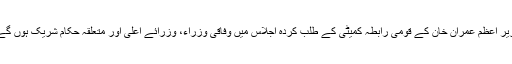
وزیر اعظم عمران خان کے قومی رابطہ کمیٹی کے طلب کردہ اجلاس میں وفاقی وزراء، وزرائے اعلی اور متعلقہ حکام شریک ہوں گے ۔